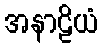
အနာဠိယံ